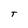
Character: T